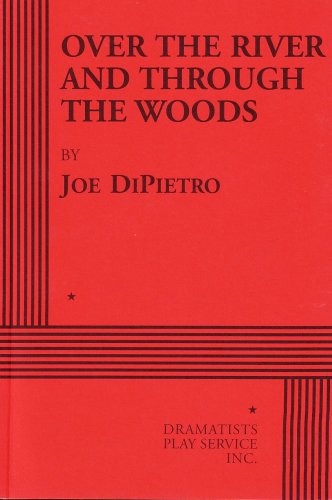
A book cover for Over the River and Through the Woods - Acting Edition; Joe DiPietro; Literature & Fiction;